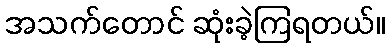
အသက်တောင် ဆုံးခဲ့ကြရတယ်။